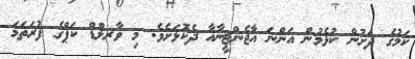
ކަމުގެ ދަށުން ކުޅެމުން އަންނަ އާޖެންޓީނާއާ ދެކޮޅަށެވެ. މި ވާރލްޑް ކަޕްގެ ފުރަތަމަ